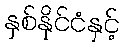
နှစ်နိုင်ငံနှင့်